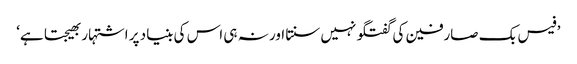
’فیس بک صارفین کی گفتگو نہیں سنتا اور نہ ہی اس کی بنیاد پر اشتہار بھیجتا ہے‘